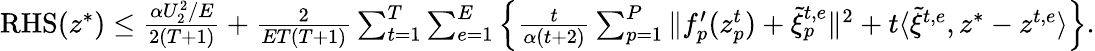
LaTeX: \begin{array}{r}{\mathrm{RHS}(z^{*})\leq\frac{\alpha U_{2}^{2}/E}{2(T+1)}+\frac{2}{ET(T+1)}\sum_{t=1}^{T}\sum_{e=1}^{E}\Big\{ \frac{t}{\alpha(t+2)}\sum_{p=1}^{P}\| f_{p}^{\prime}(z_{p}^{t})+\tilde{\xi}_{p}^{t,e}\| ^{2}+t\langle\tilde{\xi}^{t,e},z^{*}-z^{t,e}\rangle\Big\} .}\end{array}